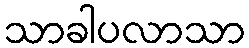
သာခါပလာသာ